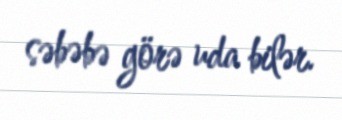
səbəbə görə uda bilər.